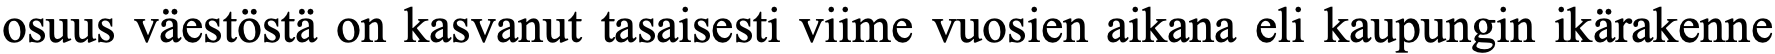
osuus väestöstä on kasvanut tasaisesti viime vuosien aikana eli kaupungin ikärakenne